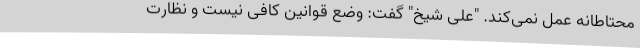
محتاطانه عمل نمی‌کند. "علی شیخ" گفت: وضع قوانین کافی نیست و نظارت